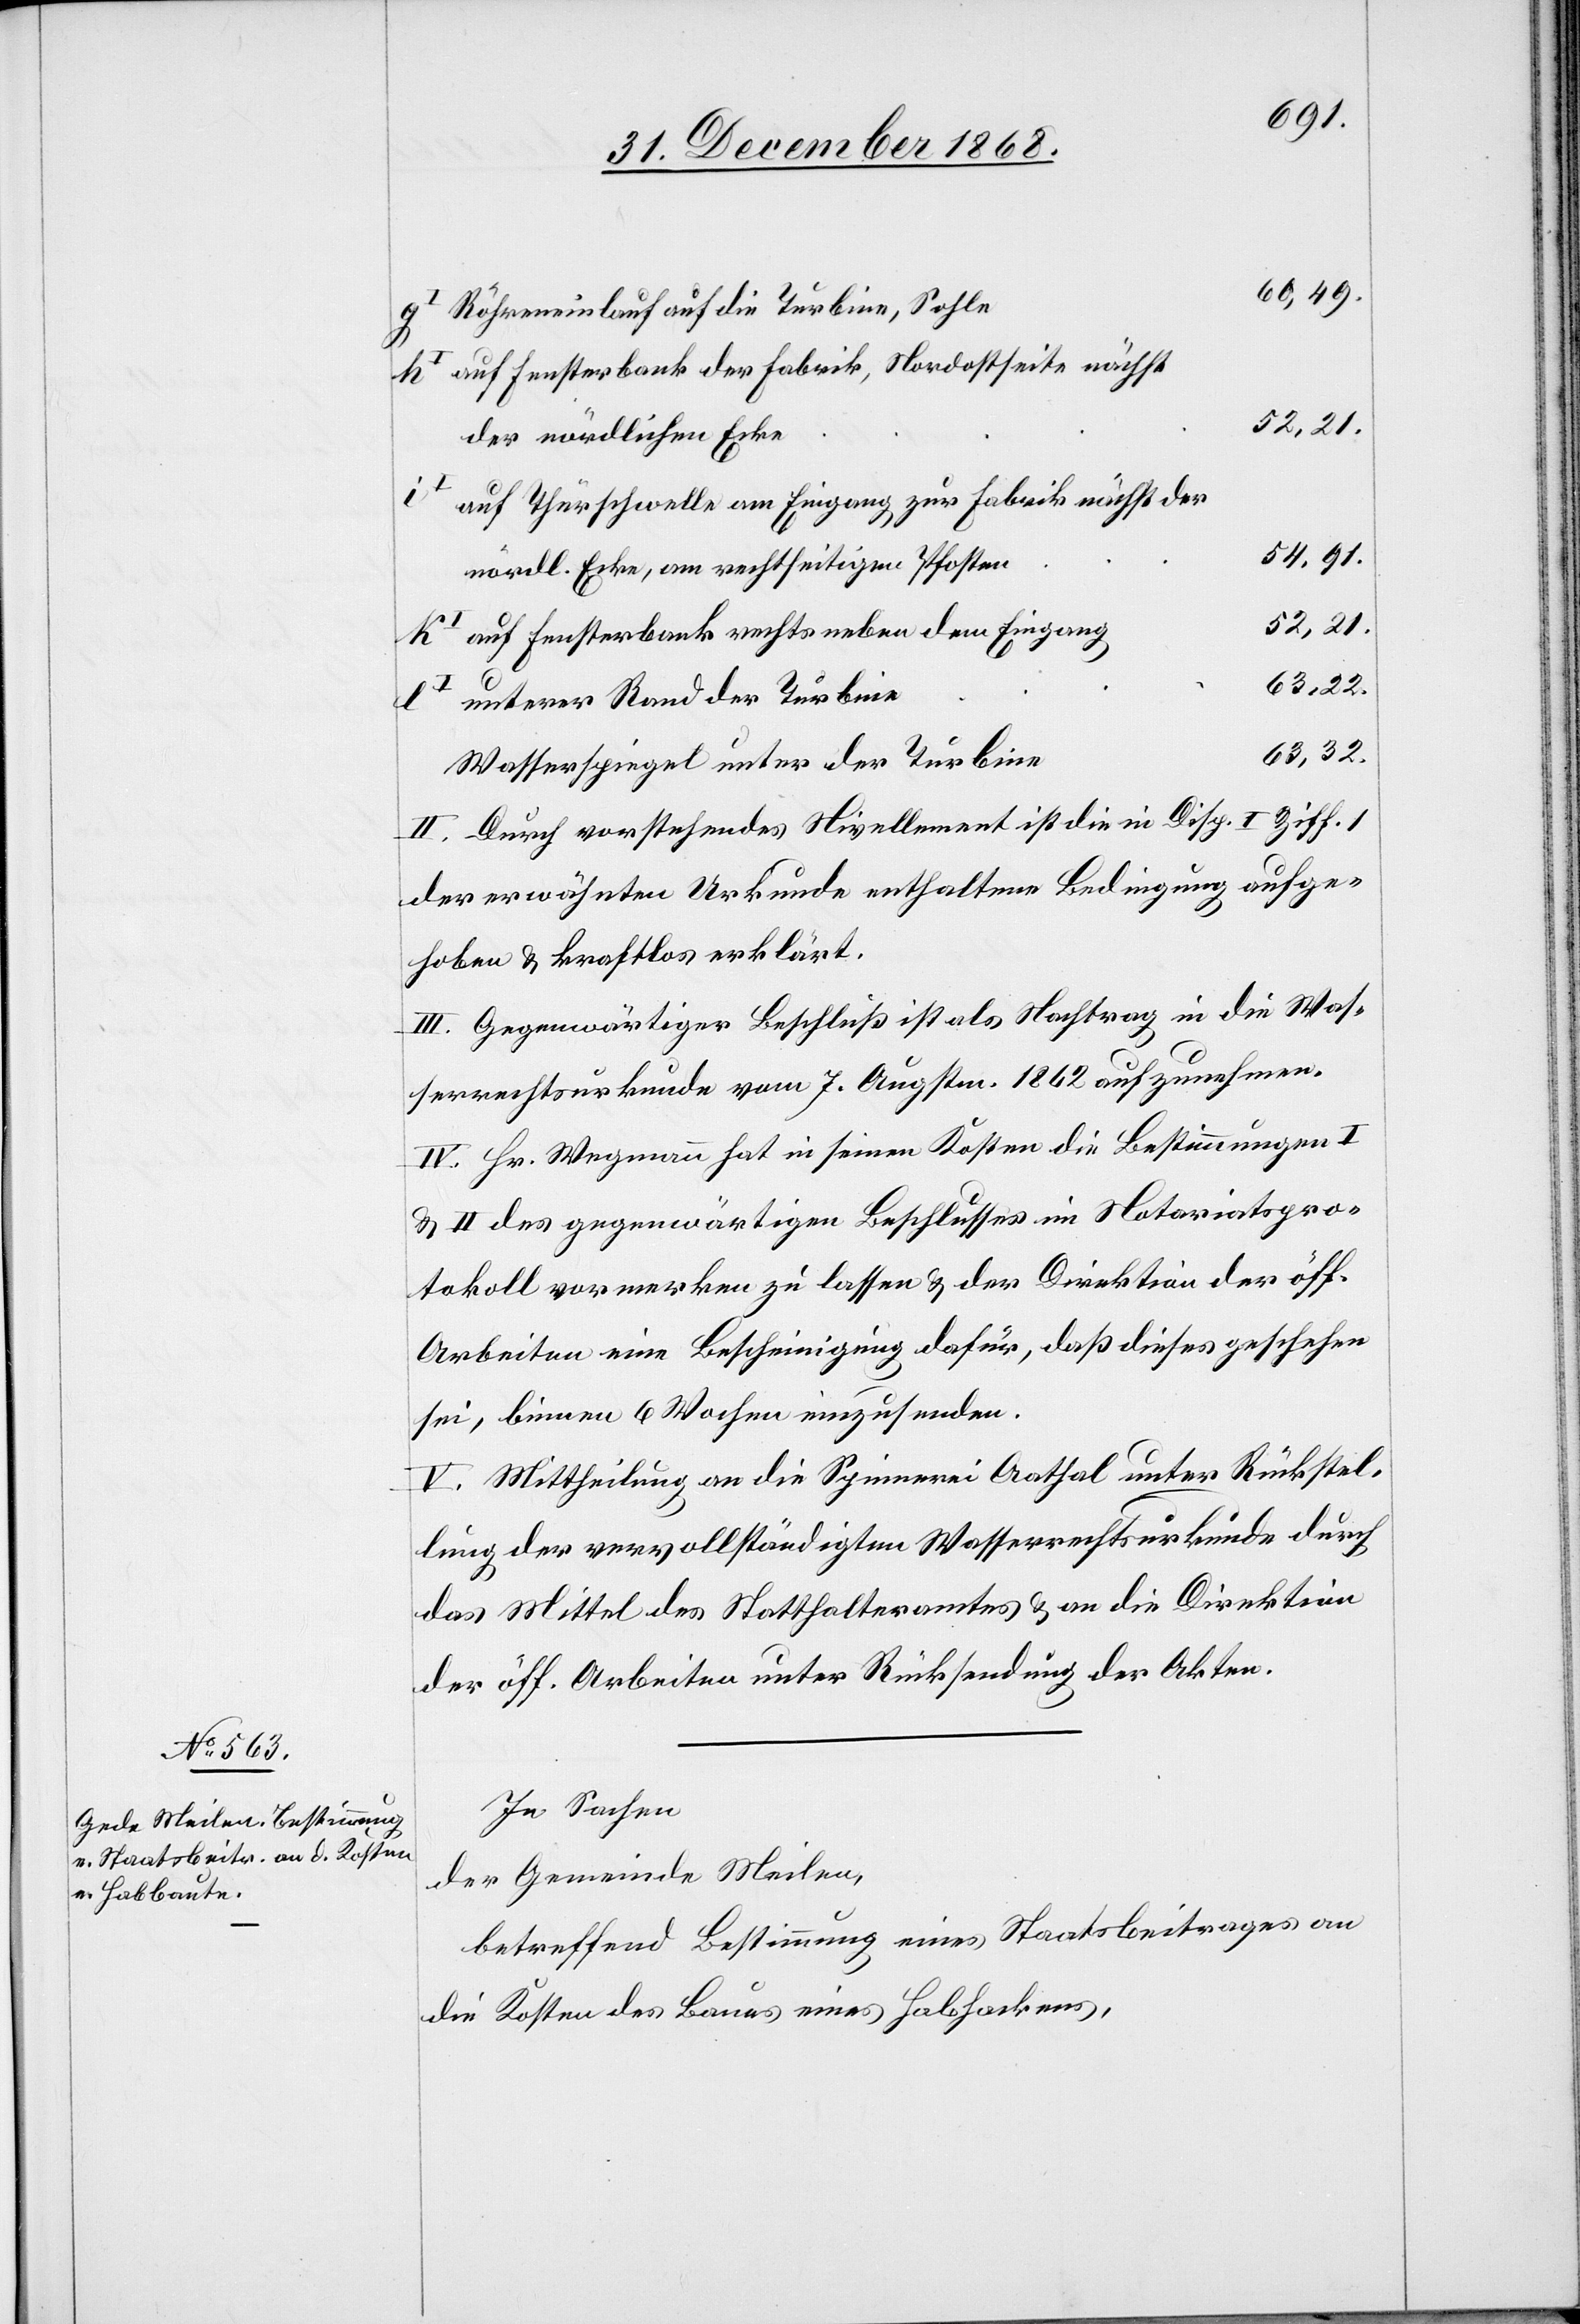
60,49.
Röhreneinlauf auf die Turbine, Sohle
auf Fensterbank der Fabrik, Nordostseite nächst
52,21.
der nördlichen Ecke
auf Thürschwelle am Eingang zur Fabrik nächst der
nördl. Ecke, am rechtseitigen Pfosten
auf Fensterbank rechts neben dem Eingang
unterer Rand der Turbine
63,32.
Wasserspiegel unter der Turbine
II. Durch vorstehendes Nivellement ist die in Disp. I Ziff. 1
der erwähnten Urkunde enthaltene Bedingung aufge¬
hoben & kraftlos erklärt.
III. Gegenwärtiger Beschluß ist als Nachtrag in die Was¬
serrechtsurkunde vom 7. Augstm. 1862 aufzunehmen.
IV. Hr. Wegmann hat in seinen Kosten die Bestimmungen I
& II des gegenwärtigen Beschlusses im Notariatspro¬
tokoll vormerken zu lassen & der Direktion der öff.
Arbeiten eine Bescheinigung dafür, daß dieses geschehen
sei, binnen 6 Wochen einzusenden.
V. Mittheilung an die Spinnerei Aathal unter Rückstel¬
lung der vervollständigten Wasserrechtsurkunde durch
das Mittel des Statthalteramtes & an die Direktion
der öff. Arbeiten unter Rücksendung der Akten.
In Sachen
der Gemeinde Meilen,
betreffend Bestimmung eines Staatsbeitrages an
die Kosten des Baues eines Habhackens,